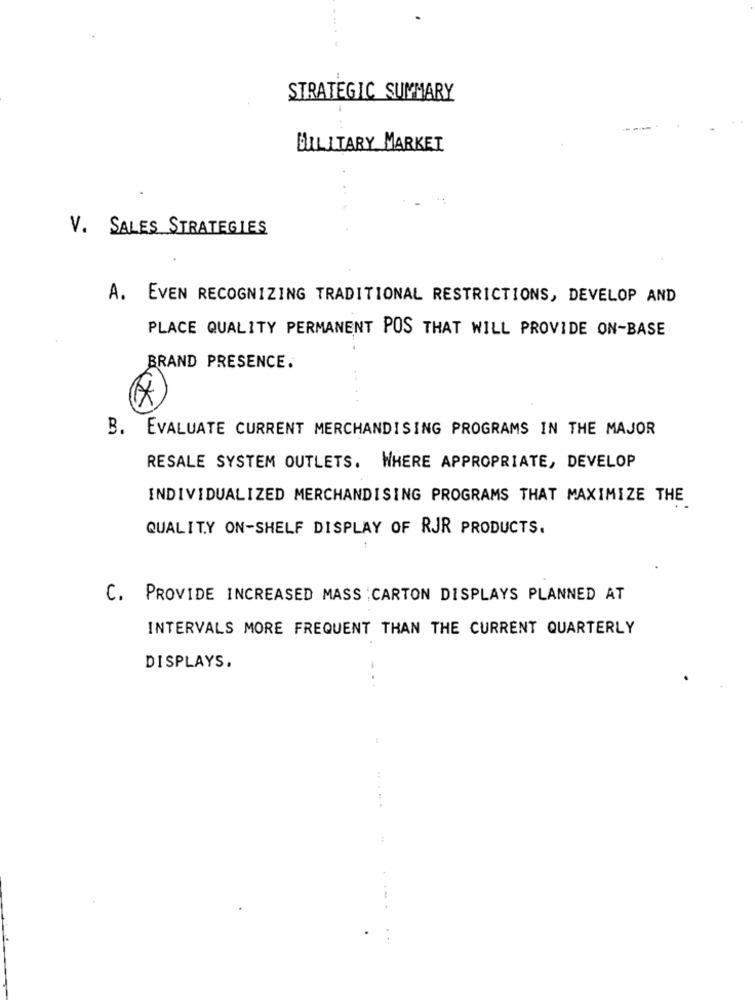
STRATEGIC SUMMARY
MILITARY MARKET
V. SALES STRATEGIES
A. EVEN RECOGNIZING TRADITIONAL RESTRICTIONS, DEVELOP AND
PLACE QUALITY PERMANENT POS THAT WILL PROVIDE ON-BASE
BRAND PRESENCE.
B. EVALUATE CURRENT MERCHANDISING PROGRAMS IN THE MAJOR
RESALE SYSTEM OUTLETS. WHERE APPROPRIATE, DEVELOP
INDIVIDUALIZED MERCHANDISING PROGRAMS THAT MAXIMIZE THE
QUALITY ON-SHELF DISPLAY OF RJR PRODUCTS.
C. PROVIDE INCREASED MASS : CARTON DISPLAYS PLANNED AT
INTERVALS MORE FREQUENT THAN THE CURRENT QUARTERLY
DISPLAYS.
.. ..
..